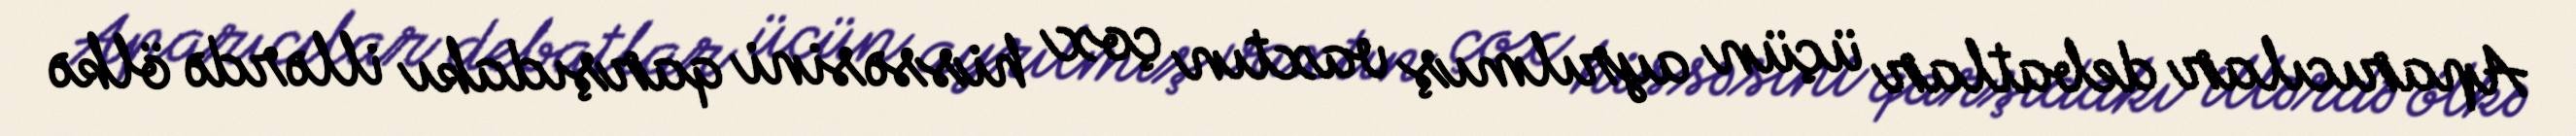
Aparıcılar debatlar üçün ayrılmış vaxtın çox hissəsini qarşıdakı illərdə ölkə